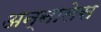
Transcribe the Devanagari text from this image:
अन्नालेस